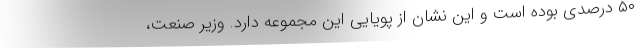
۵۰ درصدی بوده است و این نشان از پویایی این مجموعه دارد. وزیر صنعت،